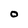
Character: O